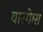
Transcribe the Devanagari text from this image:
वारगेम्स